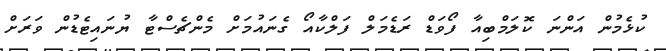
ކުޅެމުން އަންނަ ކޮލަމްބިއާ ފޯވަޑް ރަޑެމަލް ފަލްކާއޯ ގެނައުމަށް މެންޗެސްޓާ ޔުނައިޓެޑުން ވަރަށް